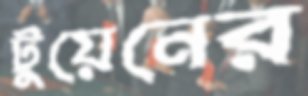
টুয়েনের